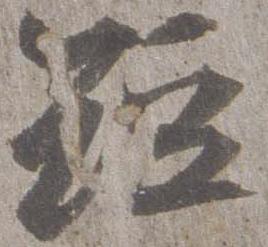
短